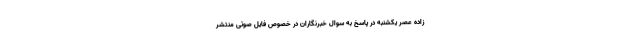
زاده عصر یکشنبه در پاسخ به سوال خبرنگاران در خصوص فایل صوتی منتشر